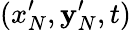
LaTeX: (x_{N}^{\prime},\mathbf{y}_{N}^{\prime},t)